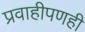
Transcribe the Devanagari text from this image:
प्रवाहीपणही